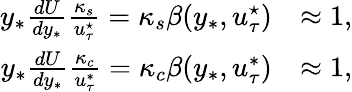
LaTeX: \begin{array}{rl}{y_{*}\frac{dU}{dy_{*}}\frac{\kappa_{s}}{u_{\tau}^{\star}}=\kappa_{s}\beta(y_{*},u_{\tau}^{\star})}&{\approx 1,}\\ {y_{*}\frac{dU}{dy_{*}}\frac{\kappa_{c}}{u_{\tau}^{*}}=\kappa_{c}\beta(y_{*},u_{\tau}^{*})}&{\approx 1,}\end{array}